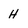
Character: H